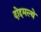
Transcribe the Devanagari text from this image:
दोद्दमल्थे